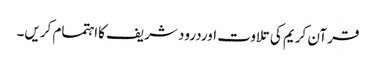
قرآن کریم کی تلاوت اوردرود شریف کااہتمام کریں۔